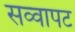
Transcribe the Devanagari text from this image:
सव्वापट